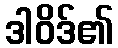
ဒါဝိဒ်၏